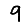
Digit: 9